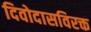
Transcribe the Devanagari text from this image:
दिवोदासविरक्त